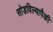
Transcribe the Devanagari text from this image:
सोडविल्यापैकी